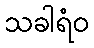
သခါရံဝ